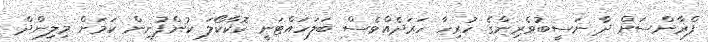
ފްރާންސަށް ދާ ނަސީބުވެރިންގެ ހުރިހާ ހަރަދެއްވެސް ބަލަަހައްޓަނީ ކޮކާކޯލަ ކުންފުނިން ކަމަށް މިލިންދް